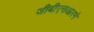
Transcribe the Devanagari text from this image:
जीबीएसआरने